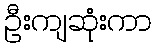
ဦးကျဆုံးကာ